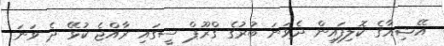
އޭޝިއާގެ ކޮލިފައިން ދެވަނަ ބުރުގެ ގްރޫޕް ސީގައި ރާއްޖެ ކުޅޭ ދެ ވަނަ